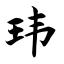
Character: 玮